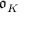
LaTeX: { \mathfrak { o } } _ { K }